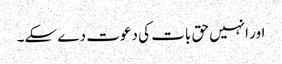
اور انہیں حق بات کی دعوت دے سکے۔